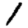
Digit: 1